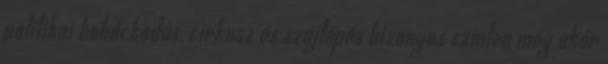
politikai bohóckodás, cirkusz és szájtépés bizonyos szinten még akár